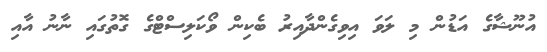
އުނޫޝާގެ އަޑުން މި ލަވަ އިވިގެންދާއިރު ބެކިން ވޯކަލިސްޓްގެ ގޮތުގައި ނާނު އާއި